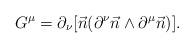
LaTeX: \begin{align*}G^\mu=\partial_\nu[\vec{n}(\partial^\nu\vec{n}\wedge\partial^\mu\vec{n})].\end{align*}